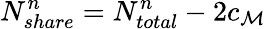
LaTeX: N_{share}^{n}=N_{total}^{n}-2c_{\mathcal{M}}